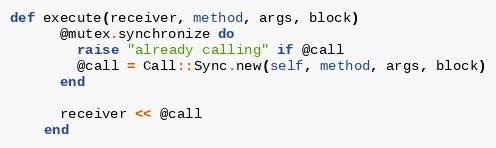
Language: Ruby
def execute(receiver, method, args, block)
      @mutex.synchronize do
        raise "already calling" if @call
        @call = Call::Sync.new(self, method, args, block)
      end

      receiver << @call
    end